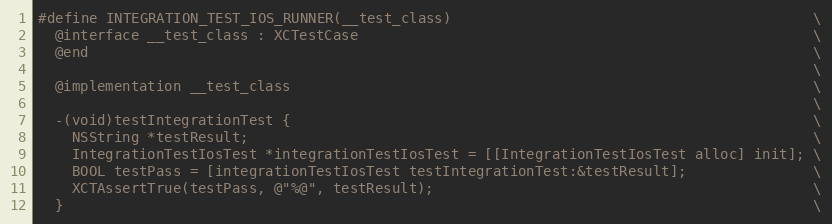
Language: C
#define INTEGRATION_TEST_IOS_RUNNER(__test_class)                                           \
  @interface __test_class : XCTestCase                                                      \
  @end                                                                                      \
                                                                                            \
  @implementation __test_class                                                              \
                                                                                            \
  -(void)testIntegrationTest {                                                              \
    NSString *testResult;                                                                   \
    IntegrationTestIosTest *integrationTestIosTest = [[IntegrationTestIosTest alloc] init]; \
    BOOL testPass = [integrationTestIosTest testIntegrationTest:&testResult];               \
    XCTAssertTrue(testPass, @"%@", testResult);                                             \
  }                                                                                         \